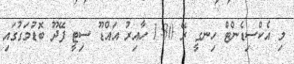
މި އެކްސިޑެންޓް ހިނގީ ރޭ 1:30 ހާއިރު އައްޑޫ ސިޓީ ފޭދޫ ބޮޑުމަގުގައި